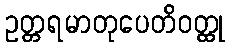
ဥတ္တရမာတုပေတိဝတ္ထု